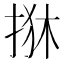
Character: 𢬺